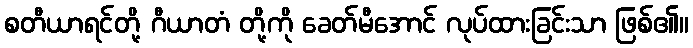
စတီယာရင်တို့ ဂီယာတံ တို့ကို ခေတ်မီအောင် လုပ်ထားခြင်းသာ ဖြစ်၏။